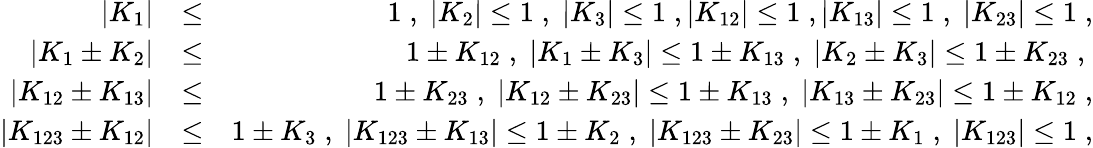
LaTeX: \begin{array}{rlr}{|K_{1}|}&{\le}&{1\; ,\; |K_{2}|\le 1\; ,\; |K_{3}|\le 1\; ,|K_{12}|\le 1\; ,|K_{13}|\le 1\; ,\; |K_{23}|\le 1\; ,}\\ {\vert K_{1}\pm K_{2}\vert}&{\le}&{1\pm K_{12}\; ,\; \vert K_{1}\pm K_{3}\vert\le 1\pm K_{13}\; ,\; \vert K_{2}\pm K_{3}\vert\le 1\pm K_{23}\; ,\; }\\ {\vert K_{12}\pm K_{13}\vert}&{\le}&{1\pm K_{23}\; ,\; \vert K_{12}\pm K_{23}\vert\le 1\pm K_{13}\; ,\; \vert K_{13}\pm K_{23}\vert\le 1\pm K_{12}\; ,}\\ {\vert K_{123}\pm K_{12}\vert}&{\le}&{1\pm K_{3}\; ,\; \vert K_{123}\pm K_{13}\vert\le 1\pm K_{2}\; ,\; \vert K_{123}\pm K_{23}\vert\le 1\pm K_{1}\; ,\; |K_{123}|\le 1\; ,}\end{array}